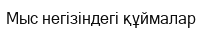
Мыс негізіндегі құймалар